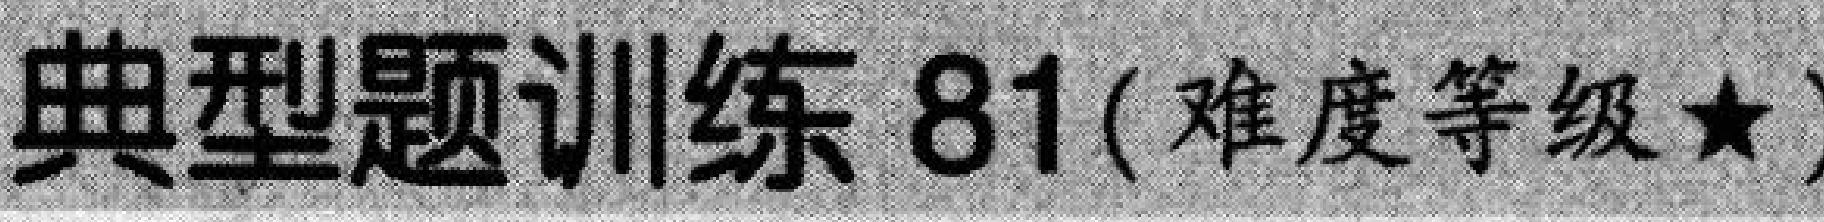
典型题训练 81(难度等级★)